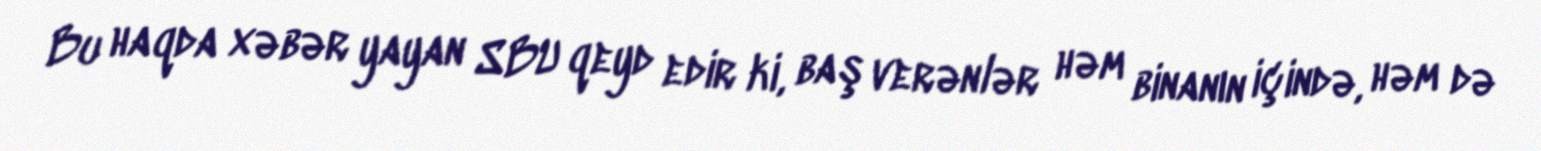
Bu haqda xəbər yayan SBU qeyd edir ki, baş verənlər həm binanın içində, həm də